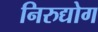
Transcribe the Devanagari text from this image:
निरुद्योग